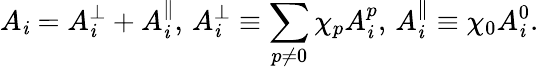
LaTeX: A_{\mathit{i}}=A_{\mathit{i}}^{\perp}+A_{\mathit{i}}^{\| },\, A_{\mathit{i}}^{\perp}\equiv\sum_{p\neq0}\chi_{p}A_{\mathit{i}}^{p},\, A_{\mathit{i}}^{\| }\equiv\chi_{0}A_{\mathit{i}}^{0}.